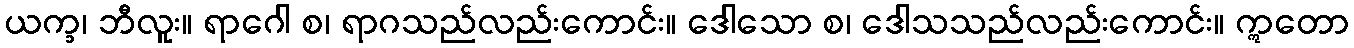
ယက္ခ၊ ဘီလူး။ ရာဂေါ စ၊ ရာဂသည်လည်းကောင်း။ ဒေါသော စ၊ ဒေါသသည်လည်းကောင်း။ ဣတော